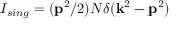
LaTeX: I _ { s i n g } = ( { \bf p } ^ { 2 } / 2 ) { \cal N } \delta ( { \bf k } ^ { 2 } - { \bf p } ^ { 2 } )